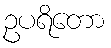
ဥပရိတော